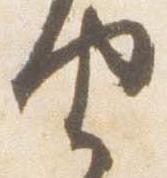
由